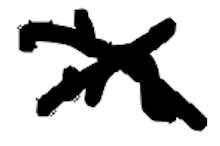
Text: in
Cross-out: cross
Writing tool: digital_black